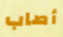
أصاب